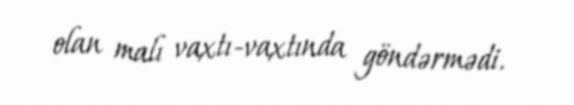
olan malı vaxtı-vaxtında göndərmədi.